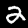
Label: 2